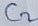
Text: C2